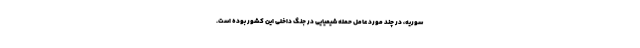
سوریه، در چند مورد عامل حمله شیمیایی در جنگ داخلی این کشور بوده است.